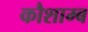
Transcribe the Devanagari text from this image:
कौशाम्ब